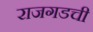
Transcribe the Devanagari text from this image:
राजगडची